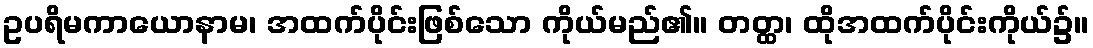
ဥပရိမကာယောနာမ၊ အထက်ပိုင်းဖြစ်သော ကိုယ်မည်၏။ တတ္ထ၊ ထိုအထက်ပိုင်းကိုယ်၌။